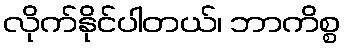
လိုက်နိုင်ပါတယ်၊ ဘာကိစ္စ